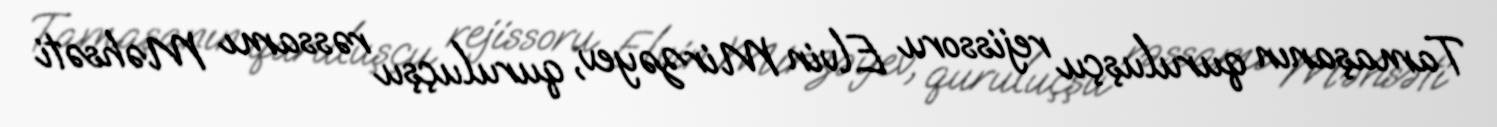
Tamaşanın quruluşçu rejissoru Elvin Mirzəyev, quruluçşu rəssamı Məhsəti